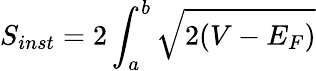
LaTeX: S_{inst}=2\int_{a}^{b}\sqrt{2(V-E_{F})}